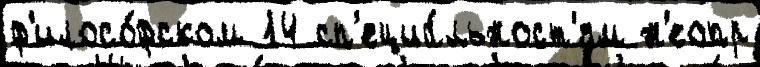
ф'илосо́фском 14 сп'ециа́льност'ям н'еопр